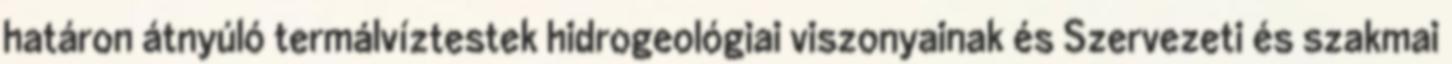
határon átnyúló termálvíztestek hidrogeológiai viszonyainak és Szervezeti és szakmai